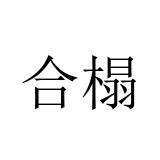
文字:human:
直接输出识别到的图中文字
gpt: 合榻